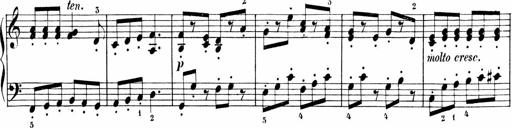
Title: 6 Liedersonatinen
Composer: Carl Reinecke